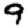
Digit: 9